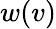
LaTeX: w(v)